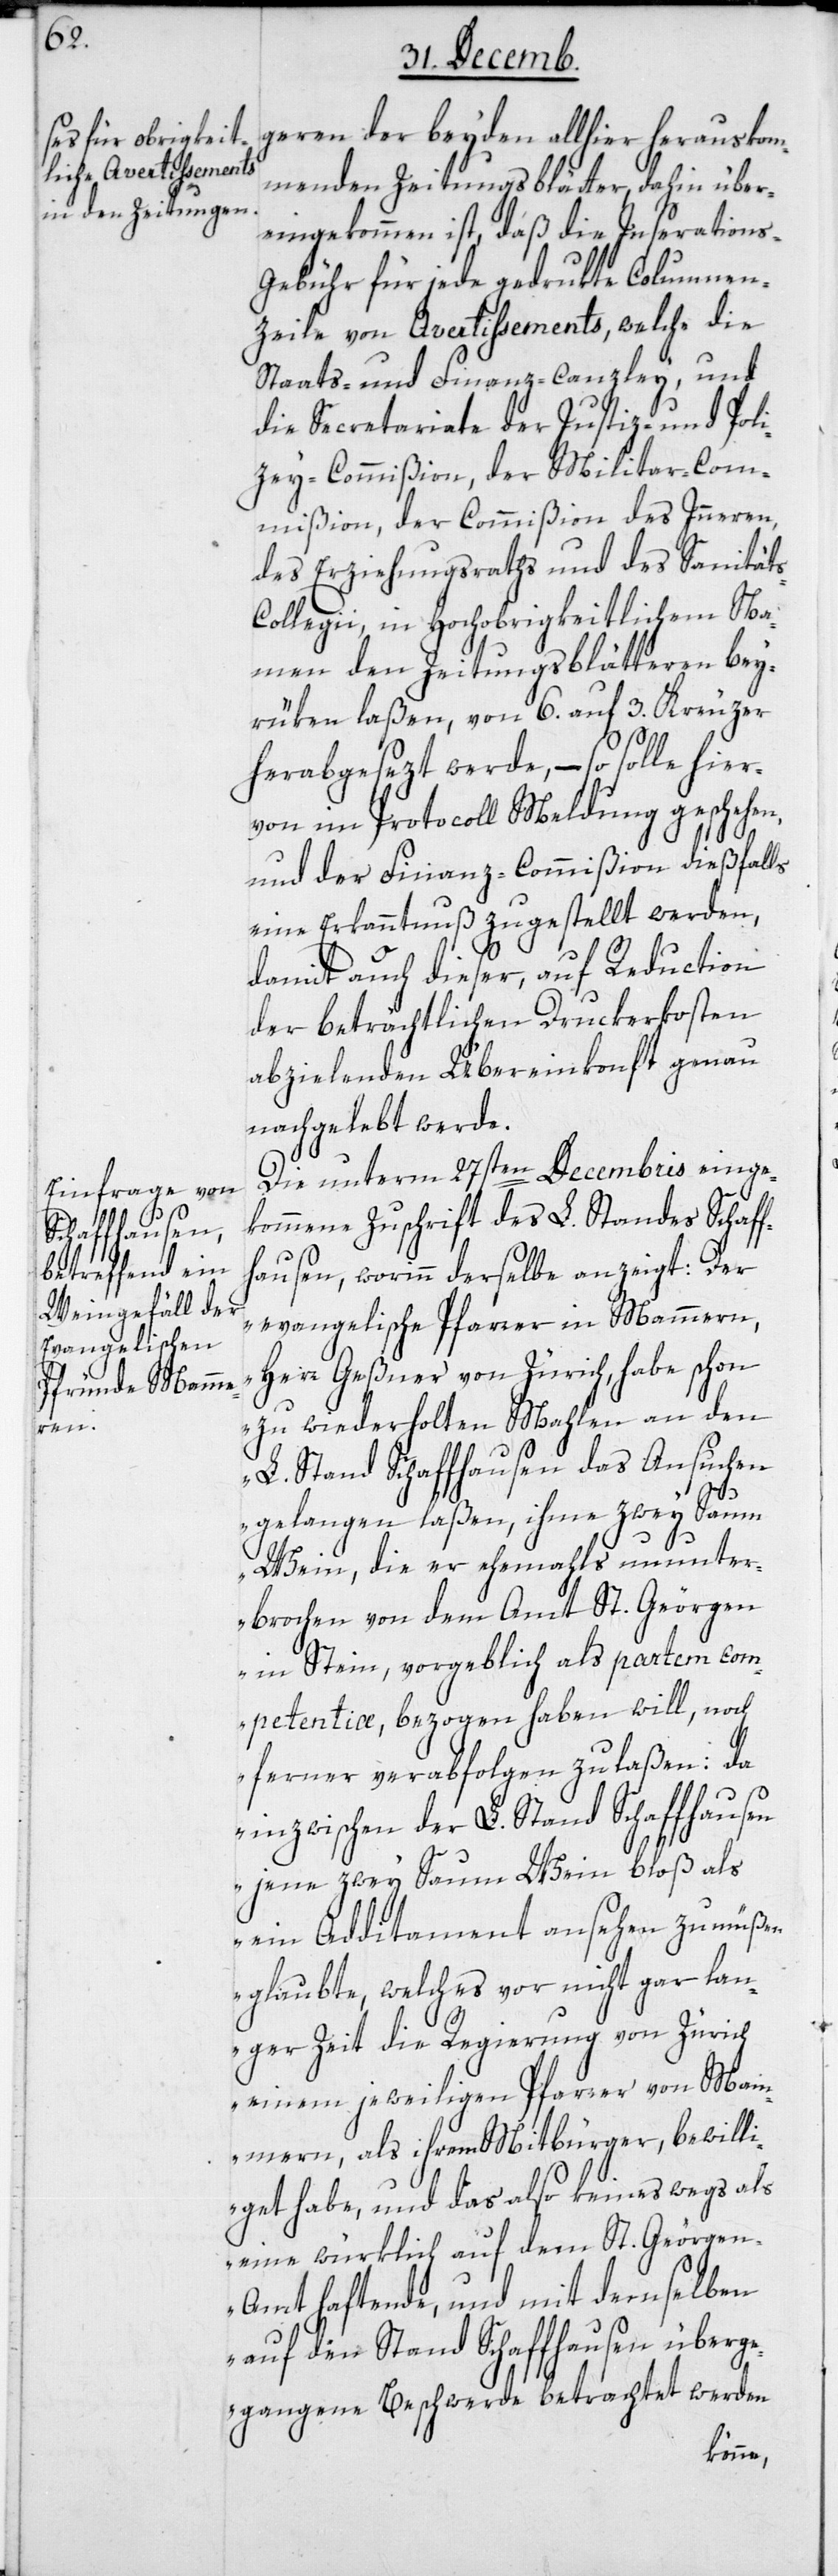
geren der beyden allhier herauskom¬
menden Zeitungsblätter dahin über¬
eingekommen ist, daß die Inseration¬
s-Gebühr für jede gedrukte Columnen-Z¬
eile von Avertissements, welche die
Staats- und Finanz-canzley, und
die Secretariate der Justiz- und Poli¬
zey-Commißion, der Militar-Com¬
mißion, der Commißion des Inneren,
des Erziehungsraths und des Sanität¬
s-Collegii, in Hochobrigkeitlichem Na¬
men den Zeitungsblätteren bey¬
rüken laßen, von 6. auf 3. Kreuzer
herabgesezt werde, – so solle hier¬
von im Protocoll Meldung geschehen,
und der Finanz-Commißion dießfalls
eine Erkanntnuß zugestellt werden,
damit auch dieser, auf Reduction
der beträchtlichen Druckerkosten
abzielenden Übereinkonft genau
nachgelebt werde.
Die unterm 27sten Decembris einge¬
kommene Zuschrift des L. Standes Schaff¬
hausen, worinn derselbe anzeigt: „Der
evangelische Pfarrer in Mammern,
Herr Geßner von Zürich, habe schon
zu wiederholten Mahlen an den
L. Stand Schaffhausen das Ansuchen
gelangen laßen, ihme zwey Saum
Wein, die er ehemahls ununter¬
brochen von dem Amt St. Geörgen
in Stein, vorgeblich als partem com¬
petentiæ bezogen haben will, noch
ferner verabfolgen zu laßen: da
inzwischen der L. Stand Schaffhausen
jene zwey Saum Wein bloß als
ein Additament ansehen zu müßen
glaubte, welches vor nicht gar lan¬
ger Zeit die Regierung von Zürich
einem jeweiligen Pfarrer von Mam¬
mern, als ihrem Mitbürger, bewilli¬
get habe, und das also keineswegs als
eine würklich auf dem St. Geörge¬
n-Amt haftende, und mit demselben
auf den Stand Schaffhausen überge¬
gangene Beschwerde betrachtet werden